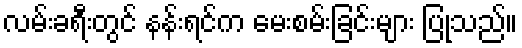
လမ်းခရီးတွင် နန်းရင်က မေးစမ်းခြင်းများ ပြုသည်။